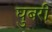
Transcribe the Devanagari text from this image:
घुबरी